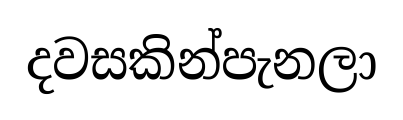
දවසකින්පැනලා